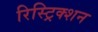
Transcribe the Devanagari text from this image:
रिस्ट्रिक्शन